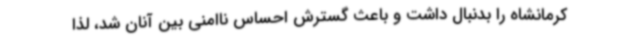
کرمانشاه را بدنبال داشت و باعث گسترش احساس ناامنی بین آنان شد، لذا